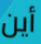
أين